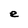
Character: e